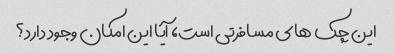
این چک های مسافرتی است، آیا این امکان وجود دارد؟